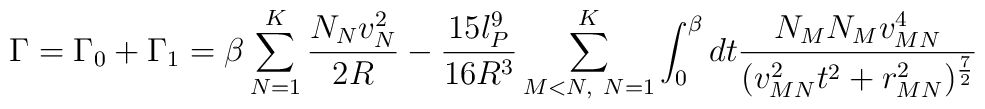
\Gamma= \Gamma_0 + \Gamma_1=\beta  \sum_{N=1}^K \frac{N_N v^2_N}{2R} -\frac{15 l^9_P}{16 R^3}\sum_{M<N, \ N=1}^K \int_0^{\beta} dt \frac{N_MN_M v^4_{MN}}{(v^2_{MN} {t}^2 + r^2_{MN} )^{\frac{7}{2}}}